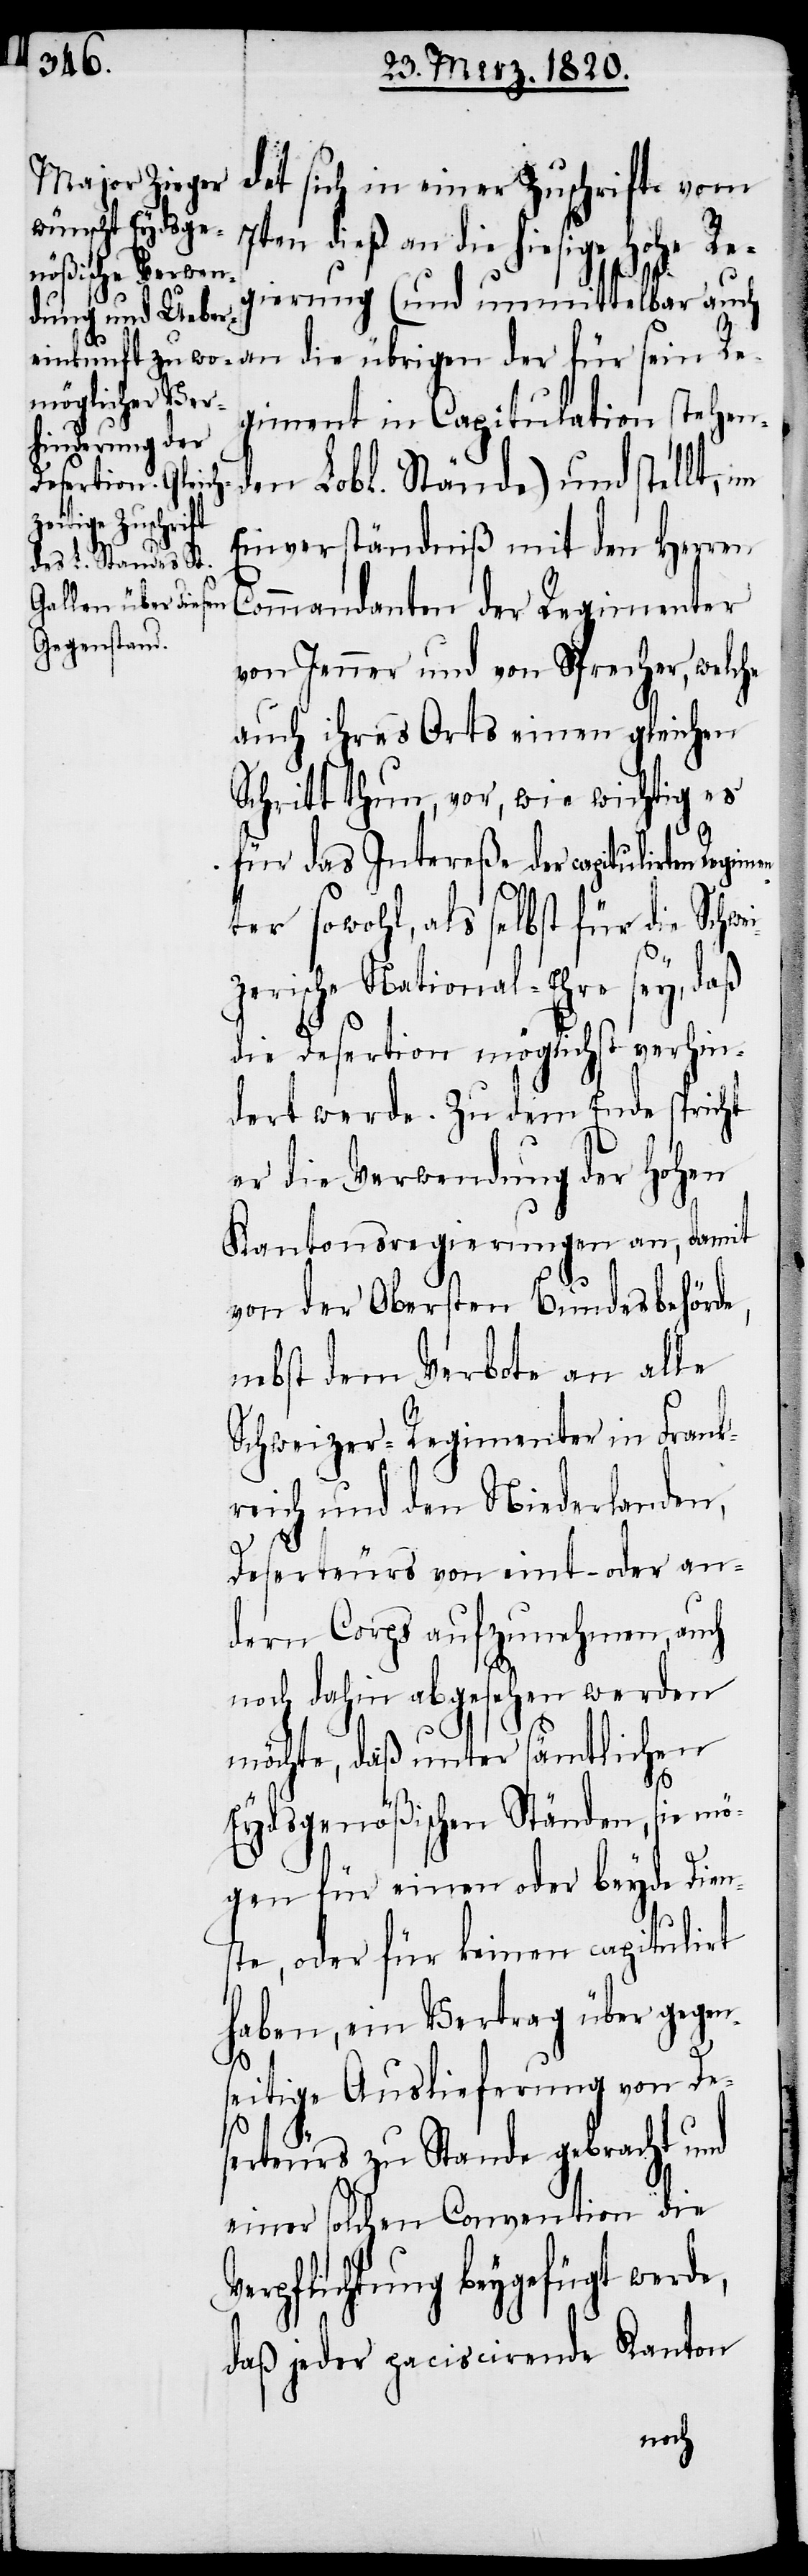
det sich in einer Zuschrift vom
en dieß an die hiesige Hohe Re¬
gierung (und unmittelbar auch
an die übrigen der für sein Re¬
giment in Capitulation stehen¬
den Lobl. Stände) und stellt, im
Einverständniß mit den Herren
Commandanten der Regimenter
von Jenner und von Sprecher, welche
auch ihres Orts einen gleichen
Schritt thun, vor, wie wichtig es
für das Intereße der capitulirten
sowohl, als selbst für die Schwe¬
zerische National-Ehre sey, daß
die Desertion möglichst verhin¬
dert werde. Zu dem Ende spricht
er die Verwendung der Hohen
Kantonsregierungen an, damit
von der Obersten Bundesbehörde,
nebst dem Verbote an alle
Schweizer-Regimenter in Frank¬
reich und den Niederlanden,
Deserteurs von eint- oder an¬
dern Corps aufzunehmen, auch
noch dahin abgesehen werden
möchte, daß unter sämtlichen
s¬
Eydsgenößischen Ständen, sie mö¬
gen für einen oder beyde Dien¬
ste, oder für keinen capitulirt
haben, ein Vertrag über gegen¬
eitige Auslieferung von De¬
serteurs zu Stande gebracht und
einer solchen Convention die
Verpflichtung beygefügt werde,
daß jeder paciscirende Kanton